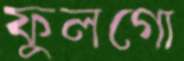
ফুলগো